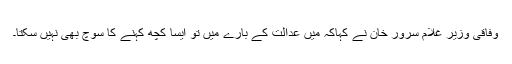
وفاقی وزیر غلام سرور خان نے کہاکہ میں عدالت کے بارے میں تو ایسا کچھ کہنے کا سوچ بھی نہیں سکتا۔